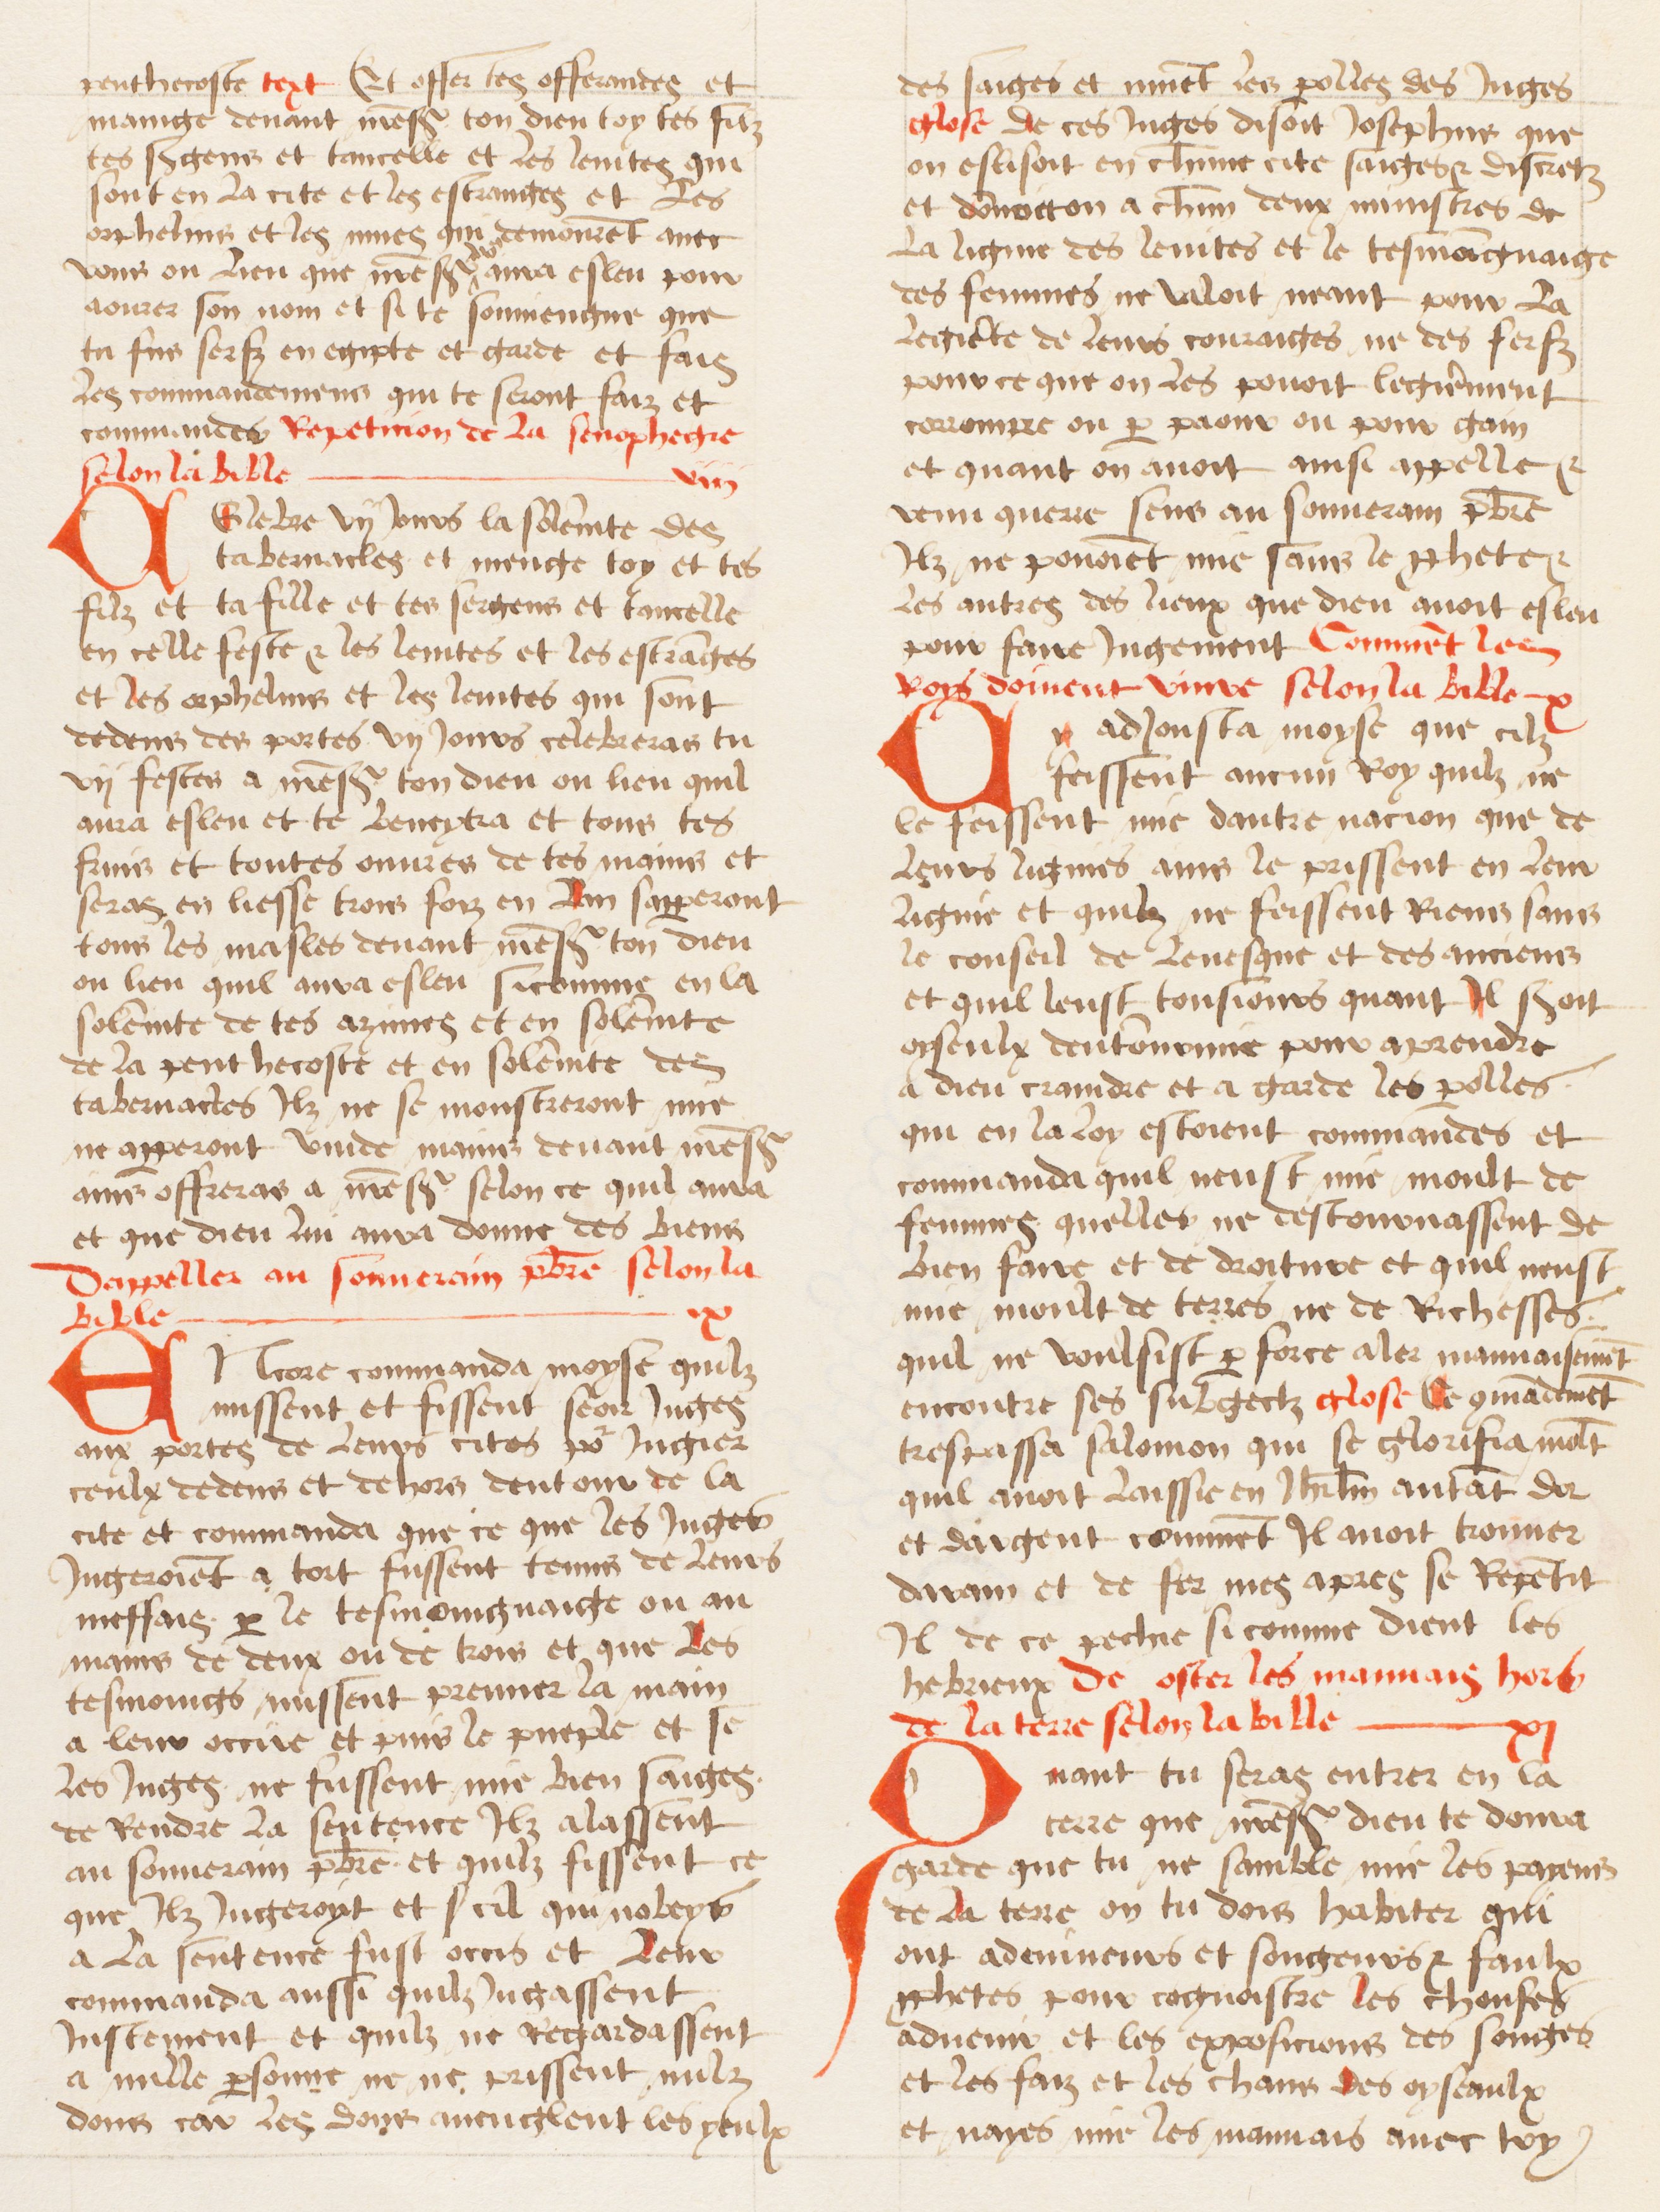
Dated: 1474–1474